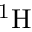
\mathrm { ^ { 1 } H }